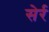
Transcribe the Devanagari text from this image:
सेर्र